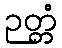
ဉတ္တံ